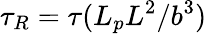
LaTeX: \tau_{R}=\tau(L_{p}L^{2}/b^{3})